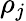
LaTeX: \rho_{j}